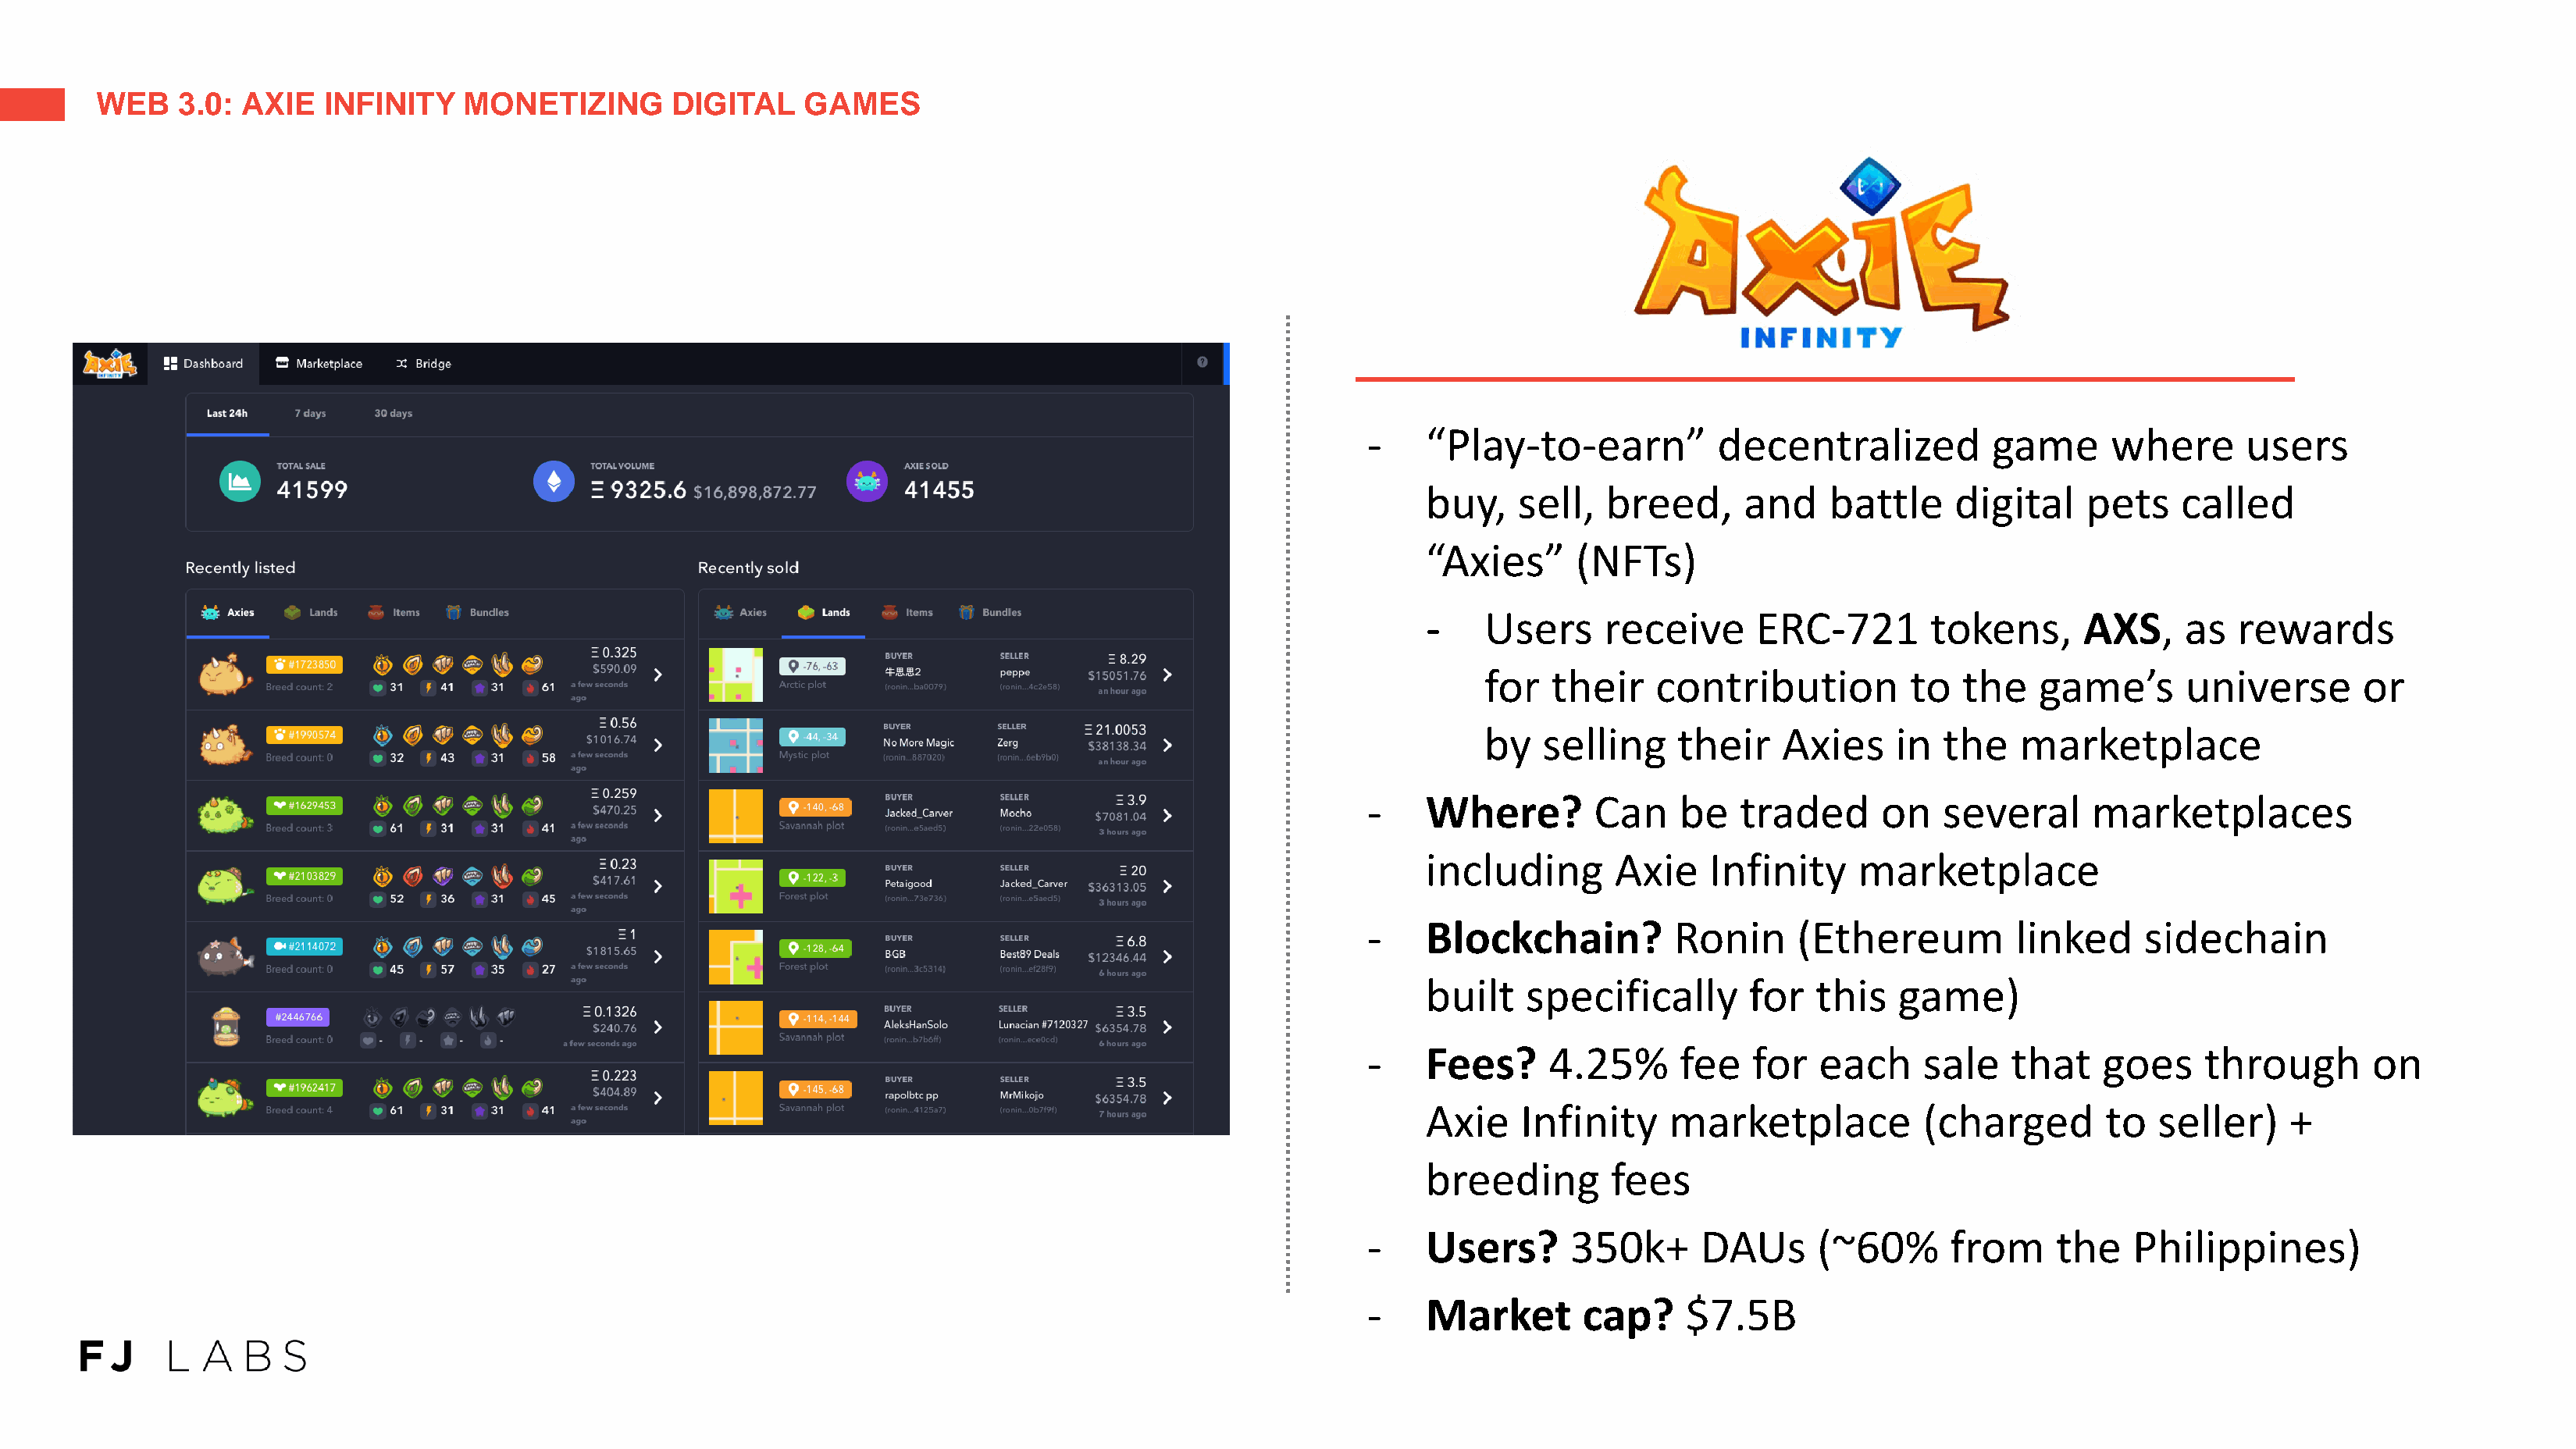
WEB    3.0: AXIE   INFINITY    MONETIZING        DIGITAL    GAMES
 -    “Play-to-earn”           decentralized          game      where      users
 buy,    sell,  breed,      and    battle     digital    pets    called
 “Axies”      (NFTs)
 -    Users     receive      ERC-721        tokens,      AXS,    as   rewards
 for  their    contribution          to  the    game’s      universe       or
 by   selling    their    Axies     in  the   marketplace
 -    Where?        Can    be   traded      on    several     marketplaces
 including       Axie    Infinity    marketplace
 -    Blockchain?          Ronin     (Ethereum          linked     sidechain
 built   specifically       for   this   game)
 -    Fees?     4.25%      fee    for  each     sale   that    goes     through       on
 Axie    Infinity    marketplace           (charged       to   seller)    +
 breeding        fees
 -    Users?      350k+      DAUs      (~60%      from     the    Philippines)
 -    Market       cap?     $7.5B